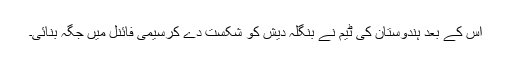
اس کے بعد ہندوستان کی ٹیم نے بنگلہ دیش کو شکست دے کرسیمی فائنل میں جگہ بنائی۔